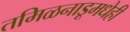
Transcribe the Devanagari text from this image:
तमिळनाडूमधेही